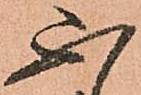
不